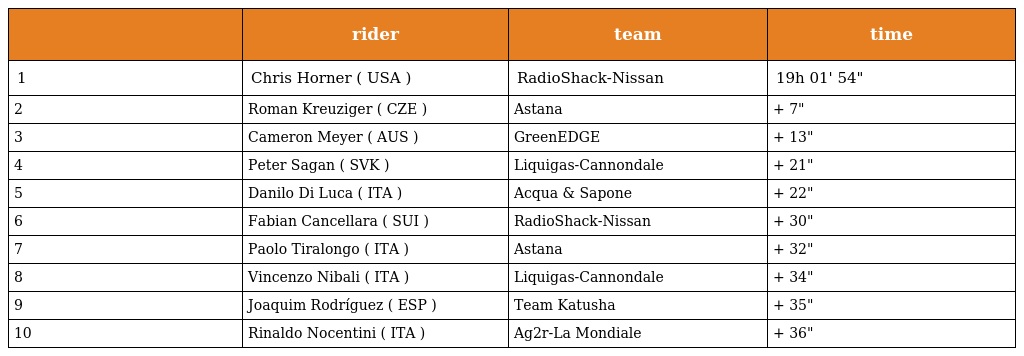
|  | rider | team | time |
 | --- | --- | --- | --- |
 | 1 | Chris Horner ( USA ) | RadioShack-Nissan | 19h 01' 54" |
 | 2 | Roman Kreuziger ( CZE ) | Astana | + 7" |
 | 3 | Cameron Meyer ( AUS ) | GreenEDGE | + 13" |
 | 4 | Peter Sagan ( SVK ) | Liquigas-Cannondale | + 21" |
 | 5 | Danilo Di Luca ( ITA ) | Acqua & Sapone | + 22" |
 | 6 | Fabian Cancellara ( SUI ) | RadioShack-Nissan | + 30" |
 | 7 | Paolo Tiralongo ( ITA ) | Astana | + 32" |
 | 8 | Vincenzo Nibali ( ITA ) | Liquigas-Cannondale | + 34" |
 | 9 | Joaquim Rodríguez ( ESP ) | Team Katusha | + 35" |
 | 10 | Rinaldo Nocentini ( ITA ) | Ag2r-La Mondiale | + 36" |